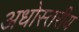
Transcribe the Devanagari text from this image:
अधोस्तरीय